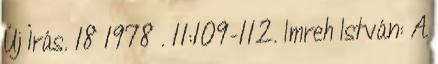
Új Írás. 18 1978 . 11:109-112. Imreh István: A